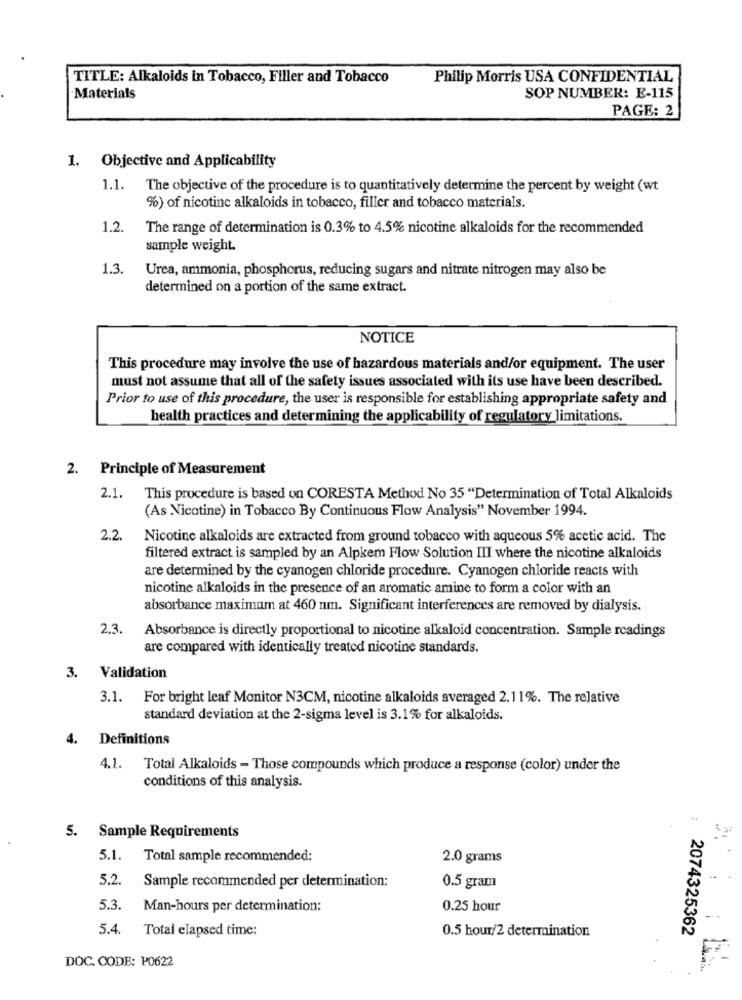
TITLE: Alkaloids in Tobacco, Filler and Tobacco
Philip Morris USA CONFIDENTIAL
Materials
SOP NUMBER: E-115
PAGE: 2
1. Objective and Applicability
1.1.
The objective of the procedure is to quantitatively determine the percent by weight (wt
%) of nicotine alkaloids in tobacco, filler and tobacco materials.
1.2
The range of determination is 0.3% to 4.5% nicotine alkaloids for the recommended
sample weight.
1.3.
Urea, ammonia, phosphorus, reducing sugars and nitrate nitrogen may also be
determined on a portion of the same extract.
NOTICE
This procedure may involve the use of hazardous materials and/or equipment. The user
must not assume that all of the safety issues associated with its use have been described.
Prior to use of this procedure, the user is responsible for establishing appropriate safety and
health practices and determining the applicability of regulatory limitations.
2. Principle of Measurement
2.1.
This procedure is based on CORESTA Method No 35 "Determination of Total Alkaloids
(As Nicotine) in Tobacco By Continuous Flow Analysis" November 1994.
2.2.
Nicotine alkaloids are extracted from ground tobacco with aqueous 5% acetic acid. The
filtered extract is sampled by an Alpkem Flow Solution III where the nicotine alkaloids
are determined by the cyanogen chloride procedure. Cyanogen chloride reacts with
nicotine alkaloids in the presence of an aromatic amine to form a color with an
absorbance maximum at 460 nm. Significant interferences are removed by dialysis.
2.3.
Absorbance is directly proportional to nicotine alkaloid concentration. Sample readings
are compared with identically treated nicotine standards.
3. Validation
3.1. For bright leaf Monitor N3CM, nicotine alkaloids averaged 2.11%. The relative
standard deviation at the 2-sigma level is 3.1% for alkaloids.
4. Definitions
4.1.
Total Alkaloids - Those compounds which produce a response (color) under the
conditions of this analysis.
5. Sample Requirements
5.1.
Total sample recommended:
2.0 grams
5.2.
Sample recommended per determination:
0.5 gram
5.3.
Man-hours per determination:
0.25 hour
5.4.
Total elapsed time:
2074325362
0.5 hour/2 determination
DOC. CODE: P0622